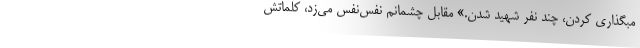
مبگذاری کردن، چند نفر شهید شدن.» مقابل چشمانم نفس‌نفس می‌زد، کلماتش